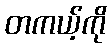
တကယ့်ကို